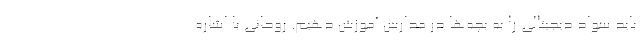
باید سواد دیجیتالی را به بچه‌ها در مدارس آموزش دهیم. روحانی با اشاره